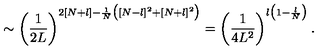
\sim \left( \frac { 1 } { 2 L } \right) ^ { 2 [ N + l ] - \frac { 1 } { N } \big ( [ N - l ] ^ { 2 } + [ N + l ] ^ { 2 } \big ) } = \left( \frac { 1 } { 4 L ^ { 2 } } \right) ^ { l \big ( 1 - \frac { l } { N } \big ) } .